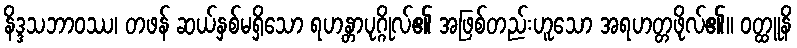
နိဒ္ဒသဘာဝဿ၊ တဖန် ဆယ်နှစ်မရှိသော ရဟန္တာပုဂ္ဂိုလ်၏ အဖြစ်တည်းဟူသော အရဟတ္တဖိုလ်၏။ ဝတ္ထူနိ